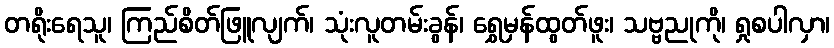
တရိုးရေသူ၊ ကြည်စိတ်ဖြူလျက်၊ သုံးလူတမ်းခွန်၊ ရွှေမှန်ထွတ်ဖူး၊ သဗ္ဗညုကို၊ ရှုစပါလှာ၊